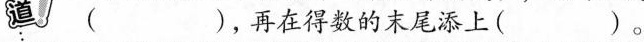
道！( )，再在得数的末尾添上( )。